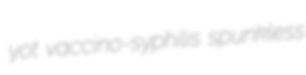
yot vaccino-syphilis spunkless